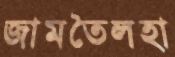
জামতৈলহা